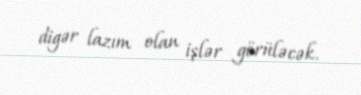
digər lazım olan işlər görüləcək.